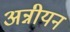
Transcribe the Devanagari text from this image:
अन्नीयन